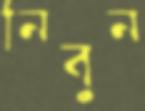
নিবুন